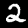
Label: 2